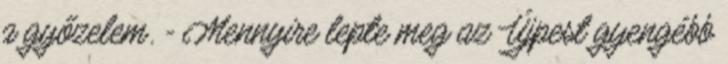
a győzelem. - Mennyire lepte meg az Újpest gyengébb